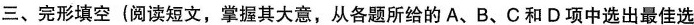
三、完形填空(阅读短文,掌握其大意,从各题所给的 A、B、C 和 D项中选出最佳选